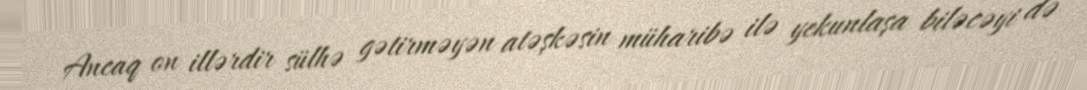
Ancaq on illərdir sülhə gətirməyən atəşkəsin müharibə ilə yekunlaşa biləcəyi də